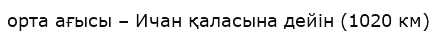
орта ағысы – Ичан қаласына дейін (1020 км)